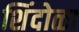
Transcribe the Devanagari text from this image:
शिंदोळा